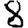
Digit: 8